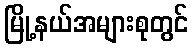
မြို့နယ်အများစုတွင်